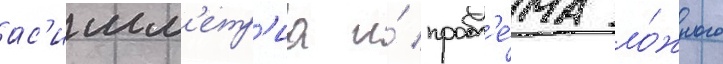
ас'имм'етр'иа и́ пробл'е́ма ло́жного